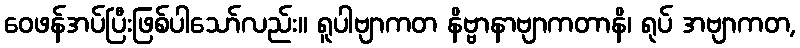
ဝေဖန်အပ်ပြီးဖြစ်ပါသော်လည်း။ ရူပါဗျာကတ နိဗ္ဗာနာဗျာကတာနိ၊ ရုပ် အဗျာကတ,